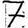
Digit: 7